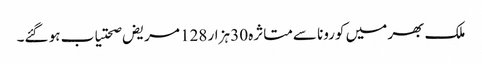
ملک بھر میں کورونا سےمتاثرہ 30 ہزار 128 مریض صحتیاب ہو گئے۔